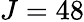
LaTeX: J=48